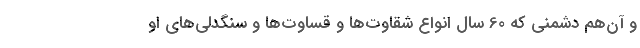
و آن‌هم دشمنی که 60 سال انواع شقاوت‌ها و قساوت‌ها و سنگدلی‌های او